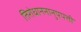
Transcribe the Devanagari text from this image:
तिरोधाननानुपपत्ती